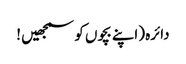
دائرہ (اپنے بچوں کو سمجھیں !